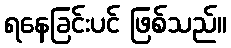
ရနေခြင်းပင် ဖြစ်သည်။